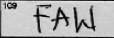
Transcription: FAW